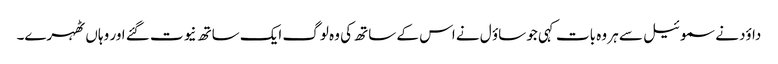
داؤد نے سموئیل سے ہر وہ بات کہی جو ساؤ ل نے اس کے ساتھ کی وہ لوگ ایک ساتھ نیوت گئے اور وہا ں ٹھہرے۔